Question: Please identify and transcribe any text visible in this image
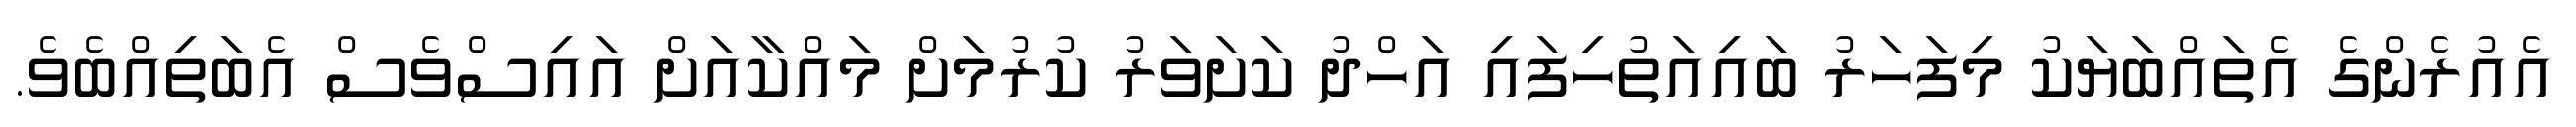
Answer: އެއުރެންގެ އެތައްބަޔަކު މިފަހަރު ބައިއަތުހިފައި އަހްދު ކަށަވަރު ކުރުމަށް މައްކާއަށް އައިސްވެސް އެބަތިއްބެވެ.